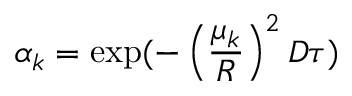
\alpha _ { k } = \exp ( - \left( \frac { \mu _ { k } } { R } \right) ^ { 2 } D \tau )